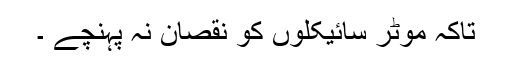
تاکہ موٹر سائیکلوں کو نقصان نہ پہنچے ۔